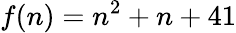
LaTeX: f(n)=n^{2}+n+41